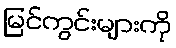
မြင်ကွင်းများကို